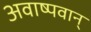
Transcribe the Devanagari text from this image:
अवाष्पवान्‌